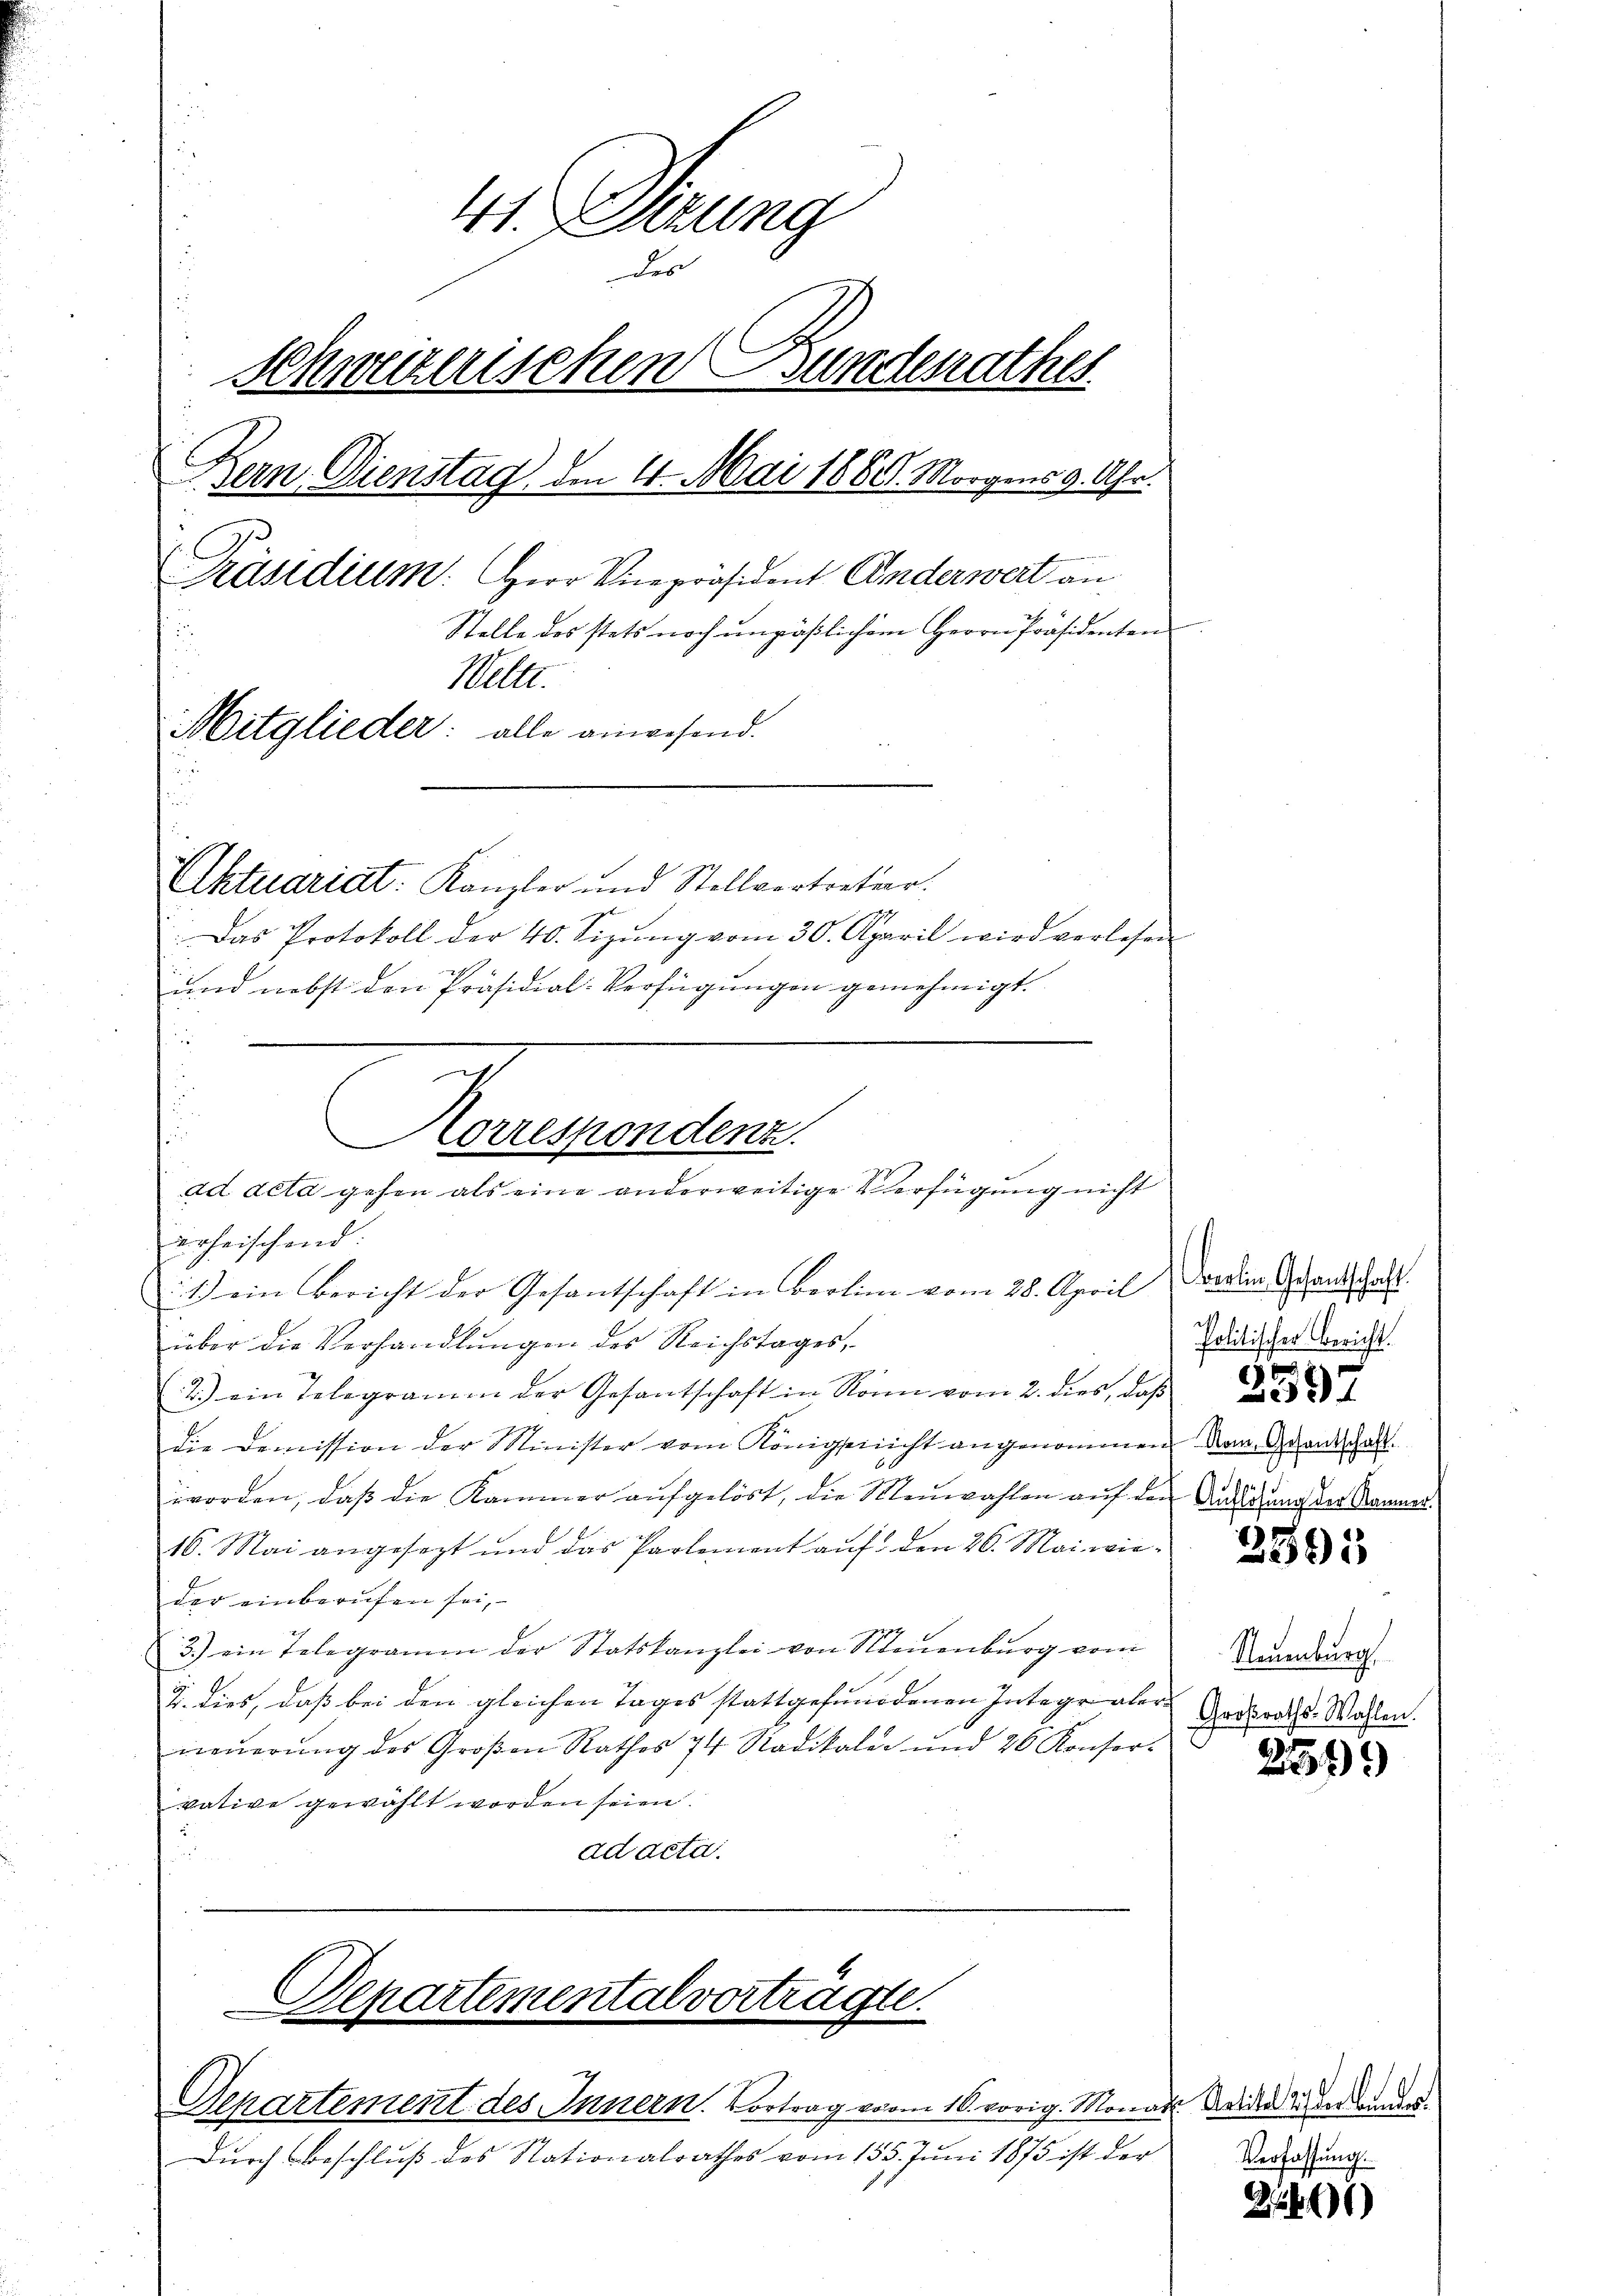
41. Dierung
des
Schweizerischen Bunderathes
Bern. Dienstag den 4. Mai 1860. Morgens 9. Uhr.
Präsidium. Herr Vicepräsident Anderwert an
Stelle des stets noch unpäßlichem Herrn Präsidenten
2
Weltt.
Mitglieder: alle anwesend.
Aktuariat. Kanzler und Stellvertreter.
.Das Protokoll der 40. Sizŭng vom 30. April wird verlesen
und nebst den Präsidial-Verfügungen genehmigt.

s
über die Verhandlŭngen des Reichstages,
2.) ein Telegramm der Gesantschaft in Ronn vom 2. dies, daß
die Demission der Minister vom Könige nicht angenommen dem Grandschaft.
worden, daß die Kammer aufgelöst, die Meuwahlen auf den Ausschung der Räumer¬
16. Mai angesezt und das Partement aŭf den 26. Mai wie-
der einberufen sei,
3.) ein Telegramm der Statskanzlei von Neuenburg vom
u. dies, daß bei den gleichen Tages stattgefundenen Integraler Gadraths-Wassen.
neŭerŭng des Großen Rathes 74 Radikaler und 26 Konsor-
vative gewählt worden seien.
u
ad acta.

Korrespondenz.
ad acta gehen als eine anderweitige Verfügung nicht
erheischend:
1.) ein Bericht der Gesantschaft in Berlin vom 28. April

Departementalvorträgte.

Separtement des Innern. Vortrag vom 16. vorig. Monart Weider den
Durch Beschluß des Stationalrathes vom 155. Juni 1875 ist der

Verfassung.

Berlin Gesantschaft.
Politischer Bericht.

2595

Neuenburg

255

.

34)